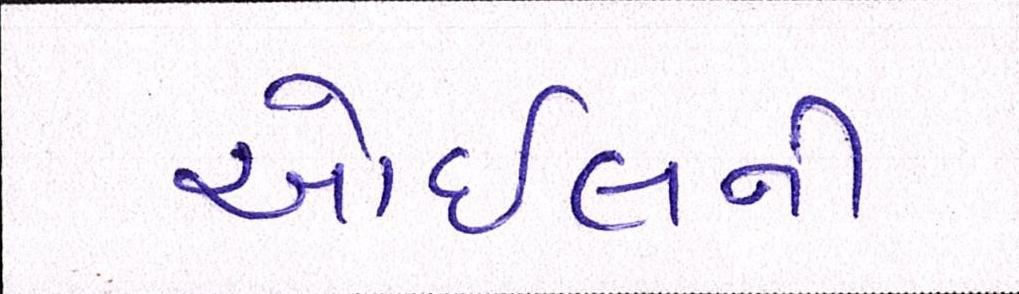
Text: ઓઈલની